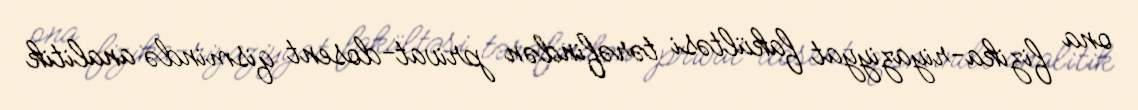
ona fizika-riyaziyyat fakültəsi tərəfindən privat-dosent qismində analitik